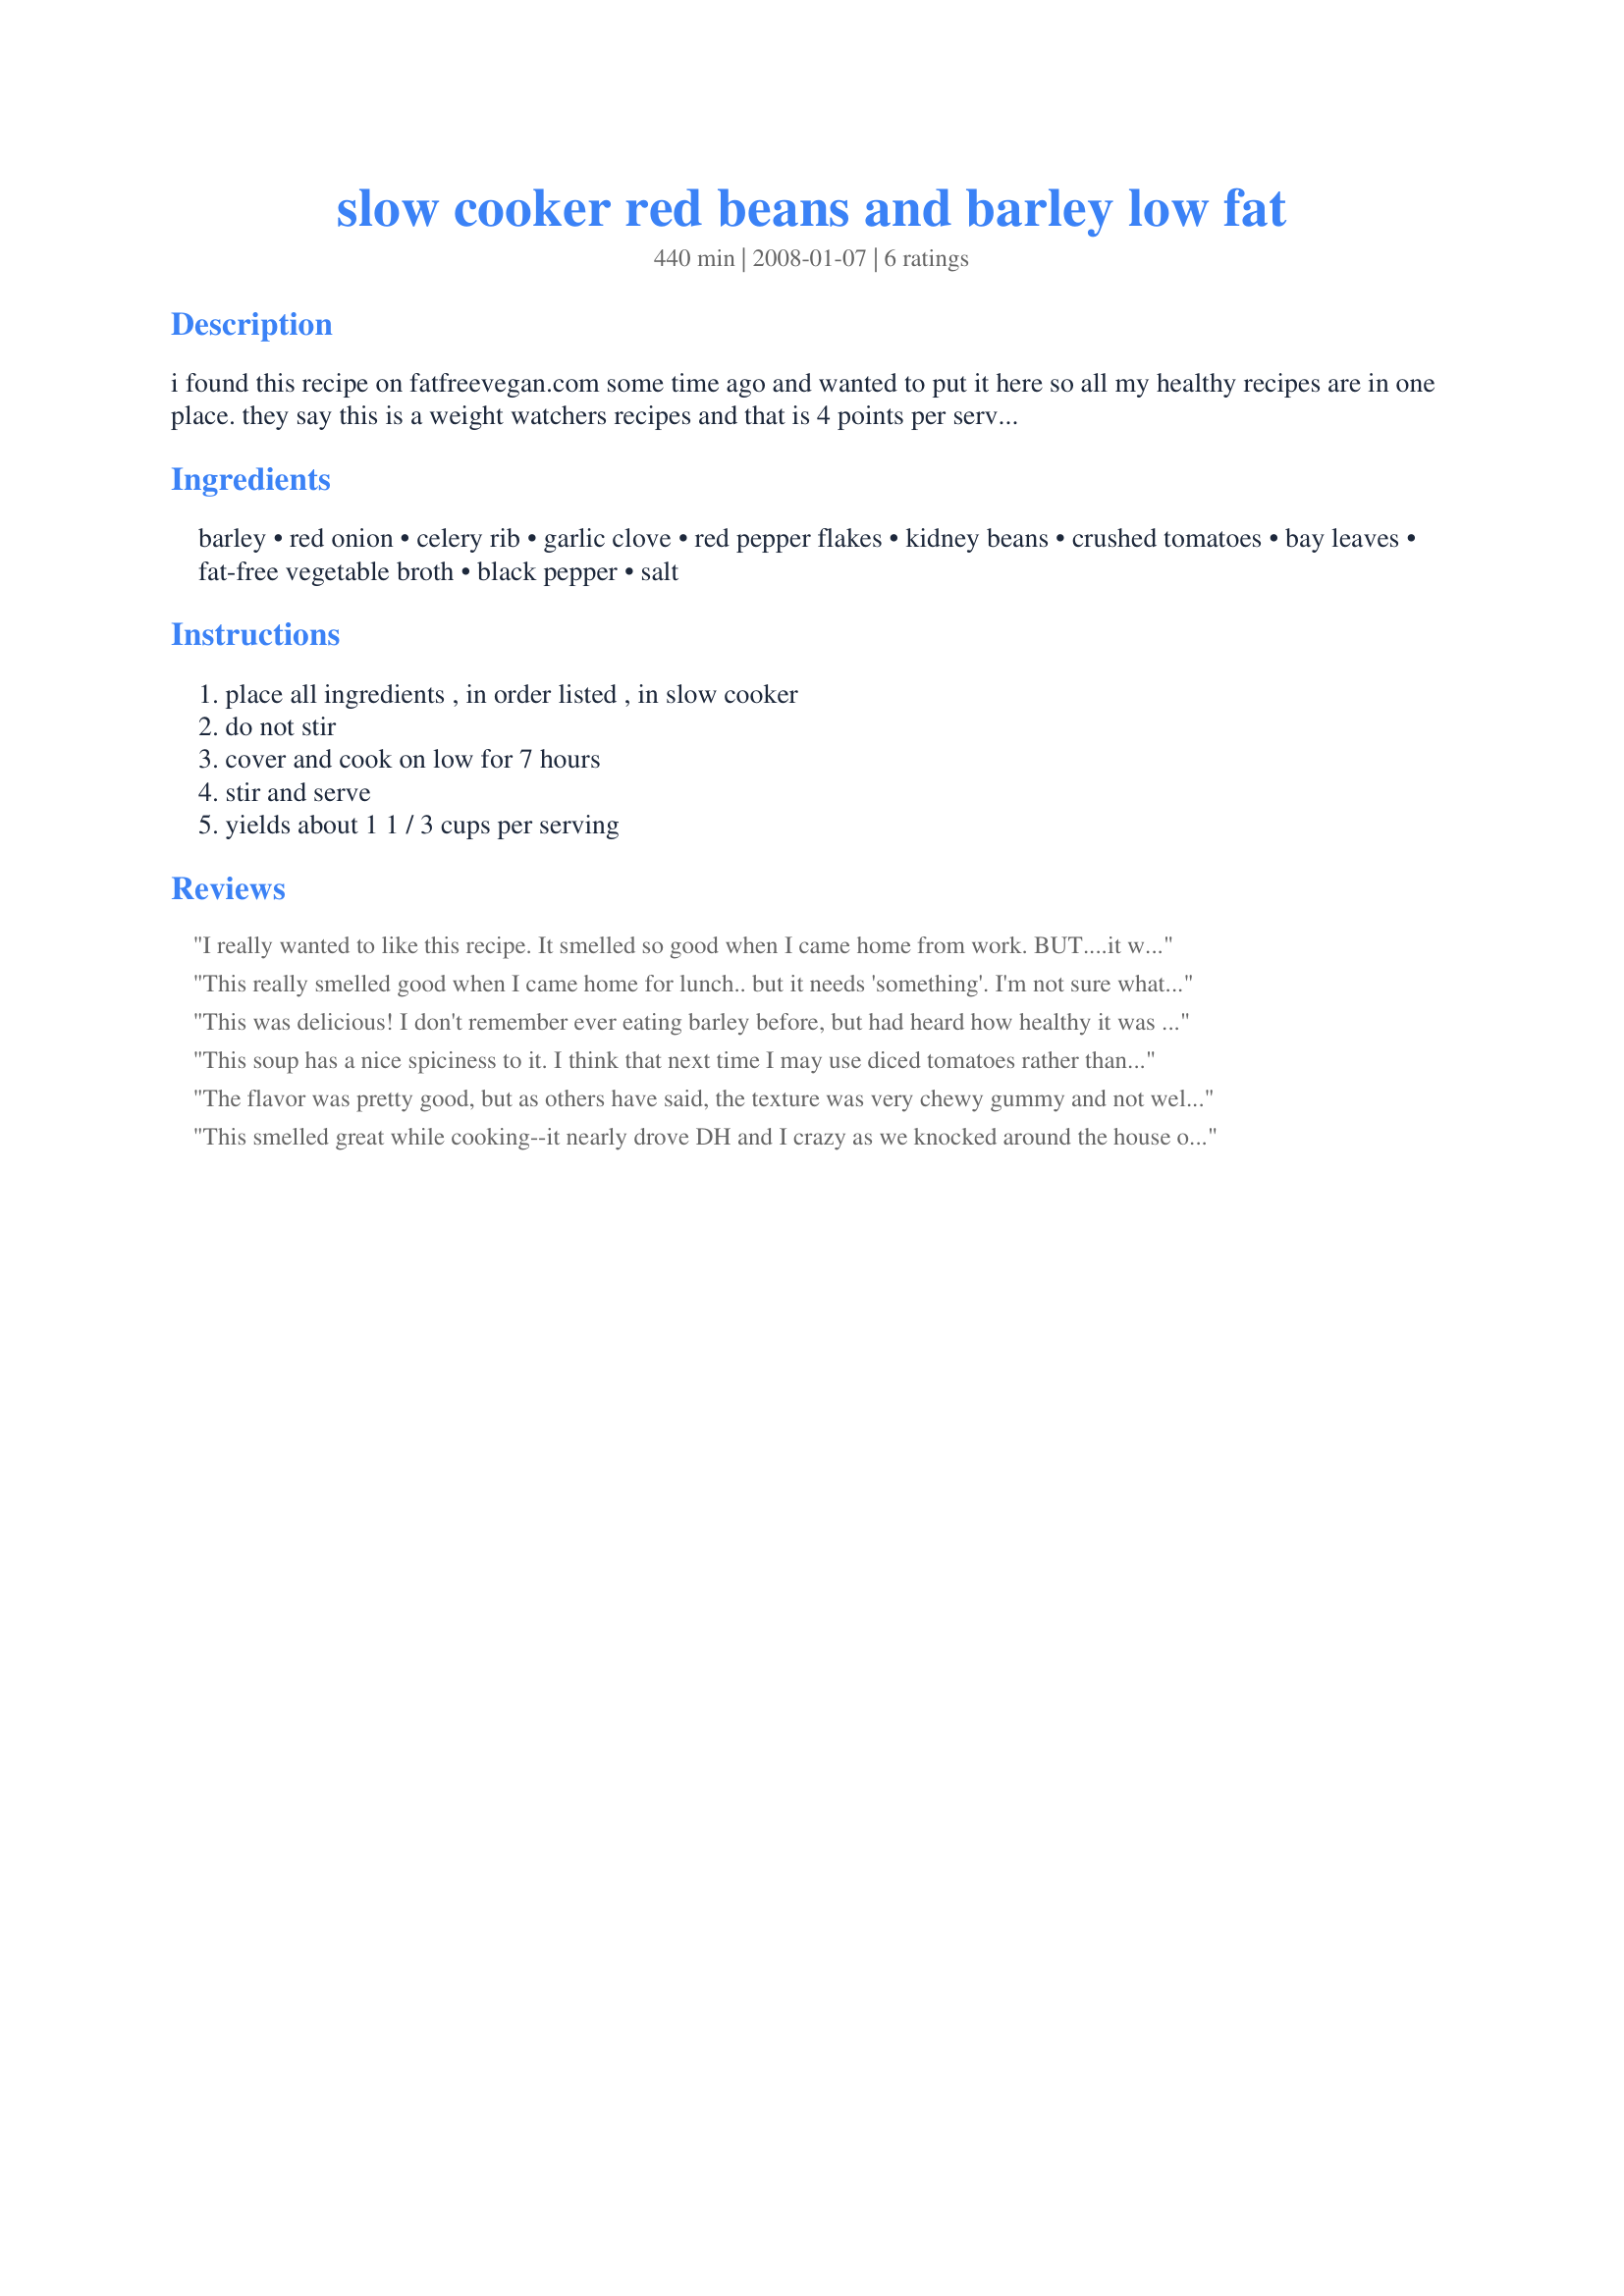
slow cooker red beans and barley low fat
Preparation time: 440 minutes

i found this recipe on fatfreevegan.com some time ago and wanted to put it here so all my healthy recipes are in one place. they say this is a weight watchers recipes and that is 4 points per serving.

Ingredients:
barley, red onion, celery rib, garlic clove, red pepper flakes, kidney beans, crushed tomatoes, bay leaves, fat-free vegetable broth, black pepper, salt

Steps:
place all ingredients , in order listed , in slow cooker, do not stir, cover and cook on low for 7 hours, stir and serve, yields about 1 1 / 3 cups per serving

Reviews:
I really wanted to like this recipe. It smelled so good when I came home from work. BUT....it was like glue. I think cooking it 7 hours was WAY too long. If I try this again I would cook it about 4 hours and see how it is.
This really smelled good when I came home for lunch.. but it needs 'something'. I'm not sure what.. but it needs some flavor. I think I'll try pairing it with some sausage or kielbasa. It just lacked something. I love barley and kidney beans...but didn't care much for this dish.
This was delicious! I don't remember ever eating barley before, but had heard how healthy it was and wanted to give it a try. My family loves rice and bean recipes, and this recipe reminded us all of rice and beans except I think we liked the barley even better! I followed Dreamer's suggestion to use diced tomatoes and only used a 15 ounce can. That amount turned out perfect for us. I also used some cut up bok choi instead of celery, because I hadn't realized my celery had gone bad and I wanted to replace it with something. Turned out great and I know I'll cook it again as I'm always needing great crock pot recipes! Thanks! Made for 1-2-3 Zaar Tag.
This soup has a nice spiciness to it. I think that next time I may use diced tomatoes rather than crushed tomatoes. I found the tomato flavour a bit too strong for my family's tastes.
The flavor was pretty good, but as others have said, the texture was very chewy gummy and not well received at my house. Wonder if cooking on stovetop would help?
This smelled great while cooking--it nearly drove DH and I crazy as we knocked around the house on Saturday afternoon :). That said, DH loved it and I was less thrilled. I think it was a texture thing for me; I am not a big fan of risotto, either, and that is about the texture this ended with. The flavor is very good, though, so I might be tempted to try the recipe again with the same ingredients but simmered on the stovetop with the barley cooked separately. Thanks for posting; I'm sure I'll tinker with this one. Made for Veg*n Swap.
